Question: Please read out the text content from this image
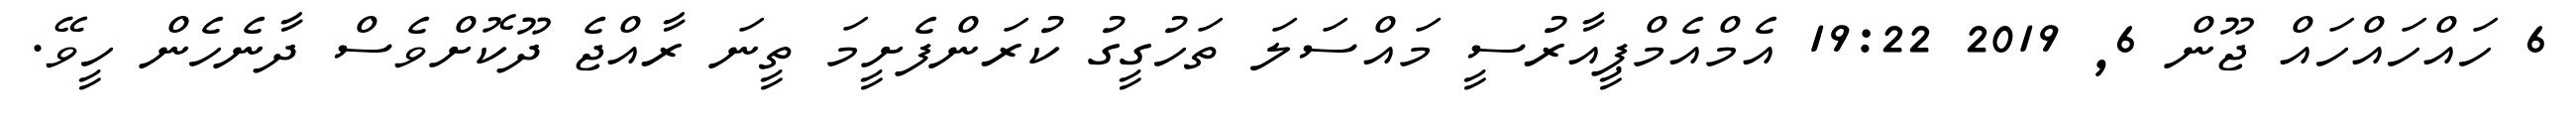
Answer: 6 ހައްހައްހައް ޖޫން 6, 2019 19:22 އެމްއެމްޕީއާރުސީ މައްސަލަ ތަހުގީގު ކުރަންފެށީމަ ތީނަ ރާއްޖެ ދޫކޮށްވެސް ދާނެހެން ހީވޭ.